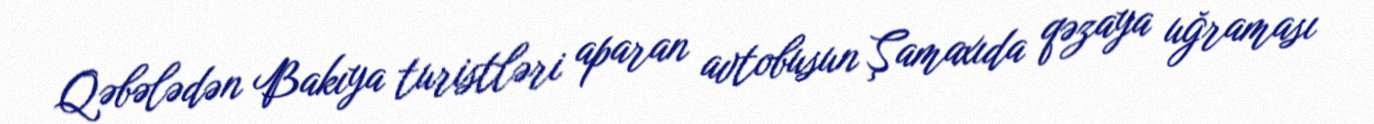
Qəbələdən Bakıya turistləri aparan avtobusun Şamaxıda qəzaya uğraması